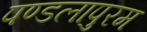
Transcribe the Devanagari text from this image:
पण्डलापुरम